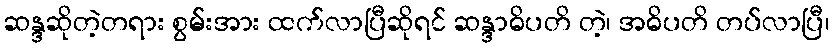
ဆန္ဒဆိုတဲ့တရား စွမ်းအား ထက်လာပြီဆိုရင် ဆန္ဒာဓိပတိ တဲ့၊ အဓိပတိ တပ်လာပြီ၊